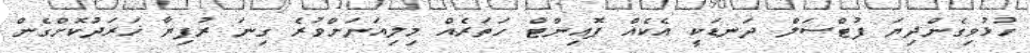
ހުޅުވިގެންދިޔަ ފުޓްސަލް ދަނޑަކީ އެކެއް ޕޮއިންޓް ހަތަރެއް މިލިއަނަށްވުރެ ގިނަ ރުފިޔާ ޚަރަދުކޮށްގެން